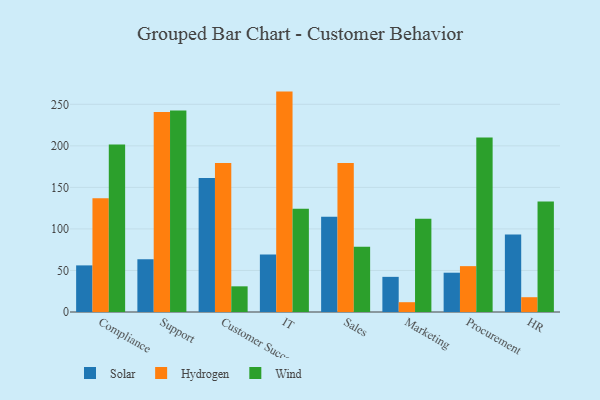
{"axis": {"x": "Department", "y": "Demand Index"}, "legend": ["Hydrogen", "Solar", "Wind"], "data": [{"x": "Compliance", "y": 56.1, "type": "Solar"}, {"x": "Compliance", "y": 137.0, "type": "Hydrogen"}, {"x": "Compliance", "y": 201.6, "type": "Wind"}, {"x": "Support", "y": 63.6, "type": "Solar"}, {"x": "Support", "y": 240.7, "type": "Hydrogen"}, {"x": "Support", "y": 242.5, "type": "Wind"}, {"x": "Customer Success", "y": 161.2, "type": "Solar"}, {"x": "Customer Success", "y": 179.5, "type": "Hydrogen"}, {"x": "Customer Success", "y": 30.9, "type": "Wind"}, {"x": "IT", "y": 69.2, "type": "Solar"}, {"x": "IT", "y": 265.3, "type": "Hydrogen"}, {"x": "IT", "y": 124.2, "type": "Wind"}, {"x": "Sales", "y": 114.7, "type": "Solar"}, {"x": "Sales", "y": 179.5, "type": "Hydrogen"}, {"x": "Sales", "y": 78.5, "type": "Wind"}, {"x": "Marketing", "y": 42.3, "type": "Solar"}, {"x": "Marketing", "y": 11.8, "type": "Hydrogen"}, {"x": "Marketing", "y": 112.2, "type": "Wind"}, {"x": "Procurement", "y": 47.3, "type": "Solar"}, {"x": "Procurement", "y": 55.2, "type": "Hydrogen"}, {"x": "Procurement", "y": 209.9, "type": "Wind"}, {"x": "HR", "y": 93.4, "type": "Solar"}, {"x": "HR", "y": 17.8, "type": "Hydrogen"}, {"x": "HR", "y": 133.1, "type": "Wind"}]}